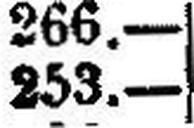
253.—